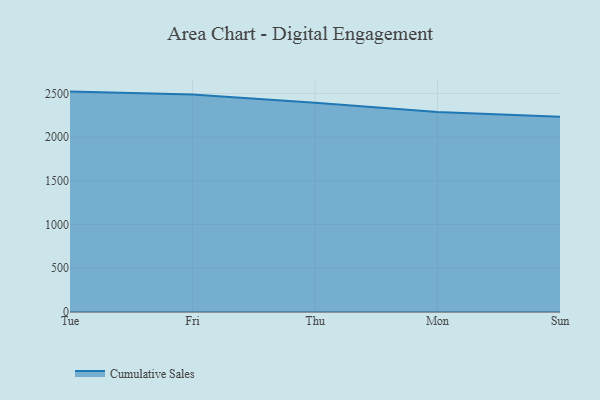
{"axis": {"x": "Day", "y": "Market Share (%)"}, "legend": ["Cumulative Sales"], "data": [{"x": "Tue", "y": 2521.1, "type": "Cumulative Sales"}, {"x": "Fri", "y": 2487.4, "type": "Cumulative Sales"}, {"x": "Thu", "y": 2394.1, "type": "Cumulative Sales"}, {"x": "Mon", "y": 2288.2, "type": "Cumulative Sales"}, {"x": "Sun", "y": 2234.6, "type": "Cumulative Sales"}]}